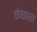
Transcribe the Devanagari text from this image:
कंकाळ